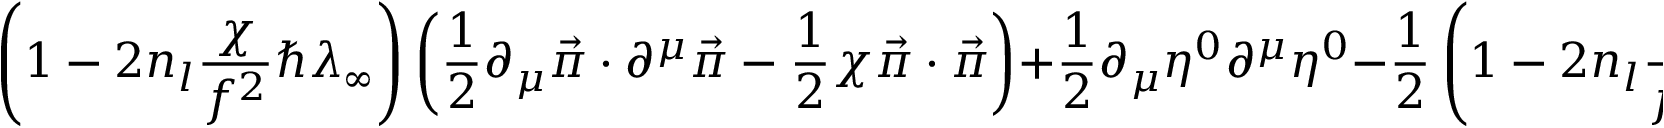
\left( 1 - 2 n _ { l } \frac { \chi } { f ^ { 2 } } \hbar \lambda _ { \infty } \right) \left( \frac { 1 } { 2 } \partial _ { \mu } \vec { \pi } \cdot \partial ^ { \mu } \vec { \pi } - \frac { 1 } { 2 } \chi \vec { \pi } \cdot \vec { \pi } \right) + \frac { 1 } { 2 } \partial _ { \mu } \eta ^ { 0 } \partial ^ { \mu } \eta ^ { 0 } - \frac { 1 } { 2 } \left( 1 - 2 n _ { l } \frac { \chi } { f ^ { 2 } } \hbar \lambda _ { \infty } \right) \chi ( \eta ^ { 0 } ) ^ { 2 } ,